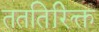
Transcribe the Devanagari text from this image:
तततिरिक्त